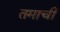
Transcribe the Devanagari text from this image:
तमाची